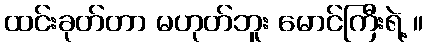
ထင်းခုတ်တာ မဟုတ်ဘူး မောင်ကြီးရဲ့ ။